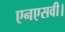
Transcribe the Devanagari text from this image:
एनएसवी।